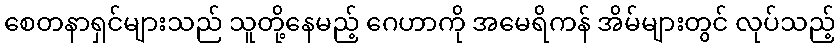
စေတနာရှင်များသည် သူတို့နေမည့် ဂေဟာကို အမေရိကန် အိမ်များတွင် လုပ်သည့်